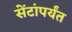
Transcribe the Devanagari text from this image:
सेंटांपर्यंत